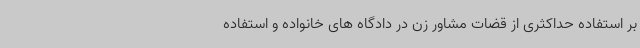
بر استفاده حداکثری از قضات مشاور زن در دادگاه های خانواده و استفاده